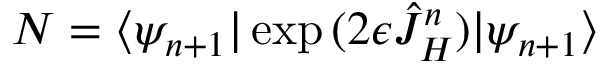
N = \langle \psi _ { n + 1 } | \exp { ( 2 \epsilon \hat { J } _ { H } ^ { n } ) } | \psi _ { n + 1 } \rangle